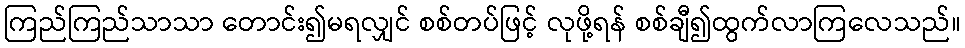
ကြည်ကြည်သာသာ တောင်း၍မရလျှင် စစ်တပ်ဖြင့် လုဖို့ရန် စစ်ချီ၍ထွက်လာကြလေသည်။